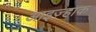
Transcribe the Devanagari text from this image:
आइज़्हाक